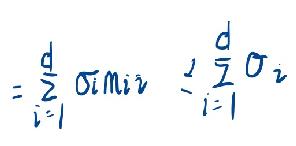
\[
=\sum_{i = 1}^{d}\sigma_{i_{min}}\ \ \ \ \frac{1}{d}\sum_{i = 1}^{d}\sigma_{i}
\]